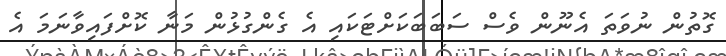
ގޮތުން ނުވަތަ އެނޫން ވެސް ސަބަބަކަށްޓަކައި އެ ގެންގުޅުން މަނާ ކޮށްފައިވާނަމަ އެ